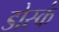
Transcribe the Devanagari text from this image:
डोस्कं